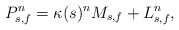
\begin{align*}P_{s,f}^n = \kappa(s)^n M_{s,f} + L_{s,f}^n,\end{align*}